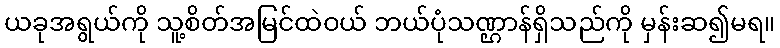
ယခုအရွယ်ကို သူ့စိတ်အမြင်ထဲဝယ် ဘယ်ပုံသဏ္ဌာန်ရှိသည်ကို မှန်းဆ၍မရ။